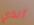
ألذي